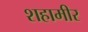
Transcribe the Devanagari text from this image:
शहामीर